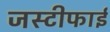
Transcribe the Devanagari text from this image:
जस्टीफाई